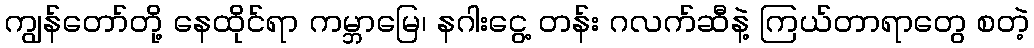
ကျွန်တော်တို့ နေထိုင်ရာ ကမ္ဘာမြေ၊ နဂါးငွေ့ တန်း ဂလက်ဆီနဲ့ ကြယ်တာရာတွေ စတဲ့